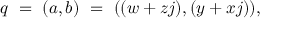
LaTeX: q \ = \ ( a , b ) \ = \ ( ( w + z j ) , ( y + x j ) ) ,